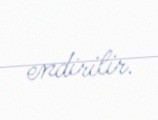
endirilir.